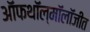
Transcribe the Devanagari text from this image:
ऑफथॉल्मॉलॉजीत